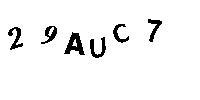
29AUC7